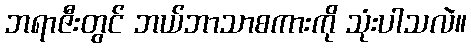
ဘရာဇီးတွင် ဘယ်ဘာသာစကားကို သုံးပါသလဲ။